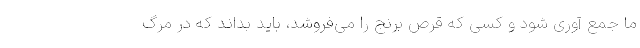
ما جمع آوری شود و کسی که قرص برنج را می‌فروشد، باید بداند که در مرگ